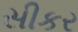
સીકર